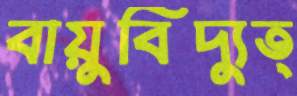
বায়ুবিদ্যুত্